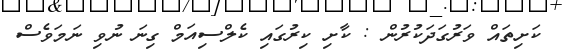
ކަށިތައް ވަރުގަދަކުރުން : ކާށި ކިރުގައި ކެލްސިއަމް ގިނަ ނުވި ނަމަވެސް